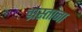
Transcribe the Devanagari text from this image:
ग्रस्तांना